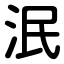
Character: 泯